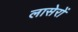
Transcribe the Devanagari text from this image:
लासेरों